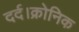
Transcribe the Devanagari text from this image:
दर्द।क्रोनिक